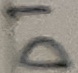
Text: D1